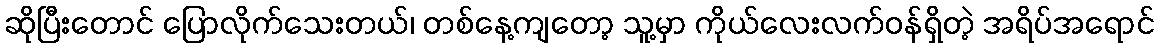
ဆိုပြီးတောင် ပြောလိုက်သေးတယ်၊ တစ်နေ့ကျတော့ သူ့မှာ ကိုယ်လေးလက်ဝန်ရှိတဲ့ အရိပ်အရောင်